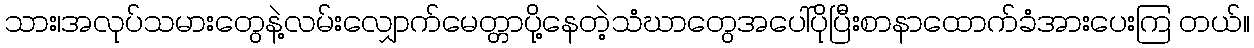
သား၊အလုပ်သမားတွေနဲ့လမ်းလျှောက်မေတ္တာပို့နေတဲ့သံဃာတွေအပေါ်ပိုပြီးစာနာထောက်ခံအားပေးကြ တယ်။